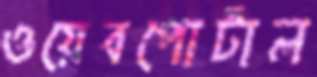
ওয়েবপোর্টাল